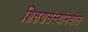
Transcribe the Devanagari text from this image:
शिक्षणसंस्थांमधील